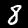
Digit: 8